Leaving Certificate Examination (including Day School Certificate (Higher) General paper), 1935
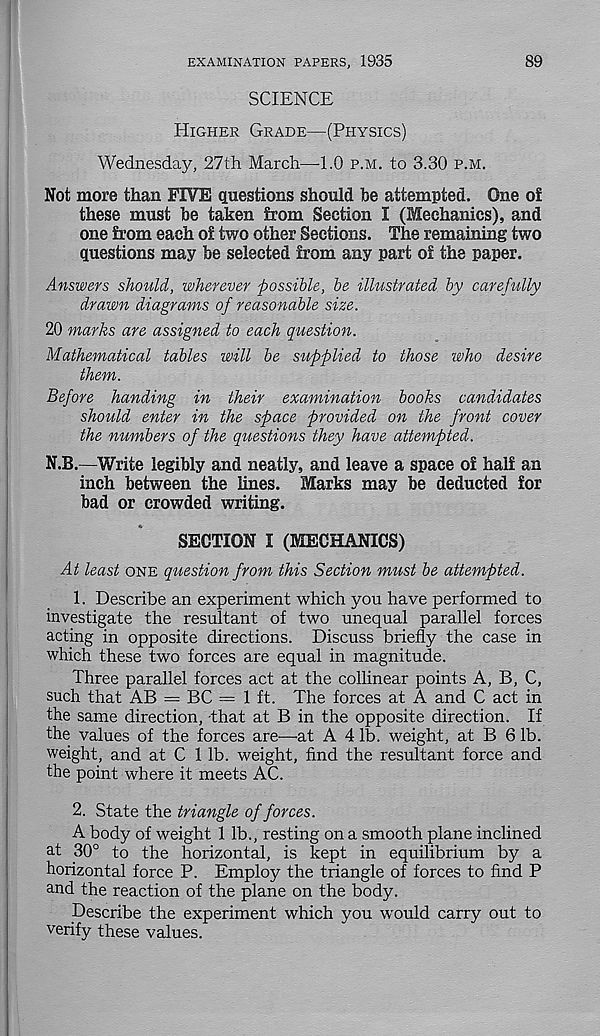
EXAMINATION PAPERS, 1935
89
SCIENCE
Higher Grade—(Physics)
Wednesday, 27th March—-1.0 p.m. to 3.30 p.m.
Not more than FIVE questions should be attempted. One of
these must be taken from Section I (Mechanics), and
one from each of two other Sections. The remaining two
questions may be selected from any part of the paper.
Answers should, wherever possible, be illustrated by carefully
drawn diagrams of reasonable size.
20 marks are assigned to each question.
Mathematical tables will be supplied to those who desire
them.
Before handing in their examination books candidates
should enter in the space provided on the front cover
the numbers of the questions they have attempted.
N.B.—Write legibly and neatly, and leave a space of half an
inch between the lines. Marks may be deducted for
bad or crowded writing.
SECTION I (MECHANICS)
At least one question from this Section must be attempted.
1. Describe an experiment which you have performed to
investigate the resultant of two unequal parallel forces
acting in opposite directions. Discuss briefly the case in
which these two forces are equal in magnitude.
Three parallel forces act at the collinear points A, B, C,
such that AB = BC = 1 ft. The forces at A and C act in
the same direction, that at B in the opposite direction. If
the values of the forces are—at A 4 lb. weight, at B 6 lb.
weight, and at C 1 lb. weight, find the resultant force and
the point where it meets AC.
2. State the triangle of forces.
A body of weight 1 lb., resting on a smooth plane inclined
at 30° to the horizontal, is kept in equilibrium by a
horizontal force P. Employ the triangle of forces to find P
and the reaction of the plane on the body.
Describe the experiment which you would carry out to
verify these values.